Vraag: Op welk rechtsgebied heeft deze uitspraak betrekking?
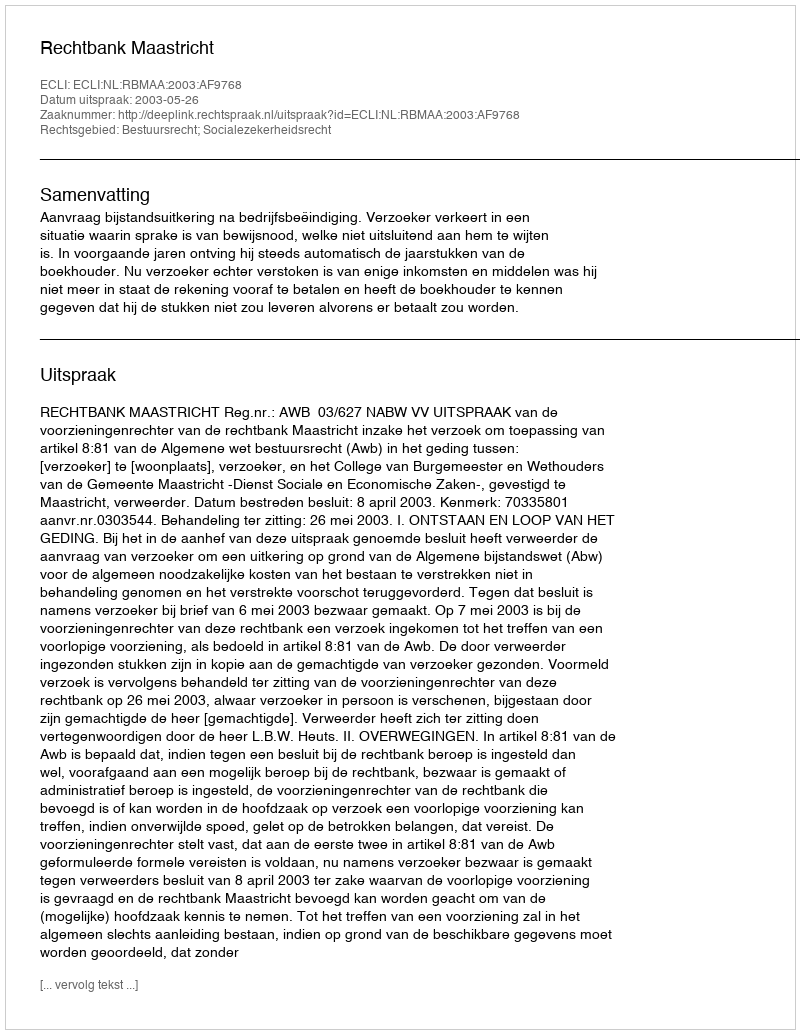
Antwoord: Bestuursrecht; Socialezekerheidsrecht